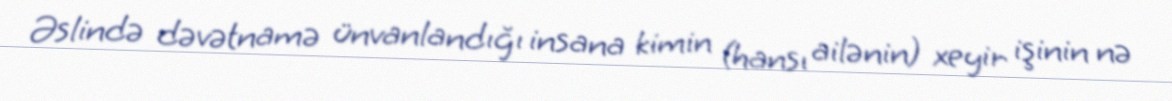
Əslində dəvətnamə ünvanlandığı insana kimin (hansı ailənin) xeyir işinin nə